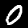
Label: 0